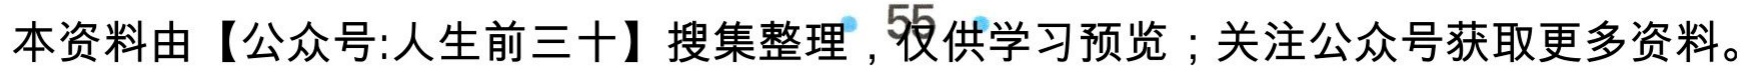
本资料由【公众号:人生前三十】搜集整理，仅供学习预览；关注公众号获取更多资料。